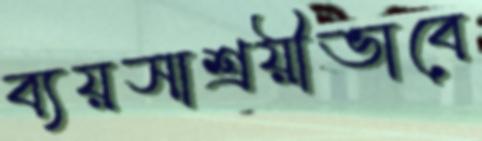
ব্যয়সাশ্রয়ীভাবে